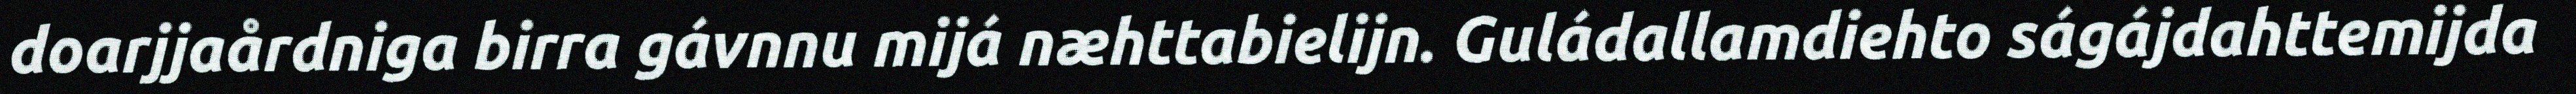
doarjjaårdniga birra gávnnu mijá næhttabielijn. Guládallamdiehto ságájdahttemijda